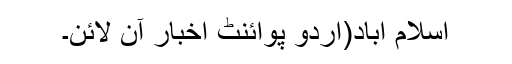
اسلام آباد(اُردو پوائنٹ اخبار آن لائن۔